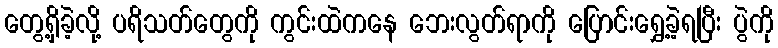
တွေ့ရှိခဲ့လို့ ပရိသတ်တွေကို ကွင်းထဲကနေ ဘေးလွတ်ရာကို ပြောင်းရွှေ့ခဲ့ရပြီး ပွဲကို